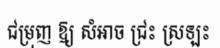
ជម្រុញ ឱ្យ សំអាច ជ្រះ ស្រឡះ